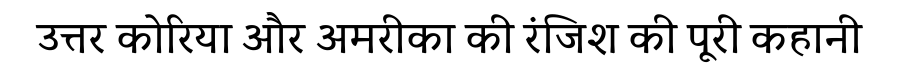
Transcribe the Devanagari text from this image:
उत्तर कोरिया और अमरीका की रंजिश की पूरी कहानी